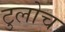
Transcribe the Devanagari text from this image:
टुलोच